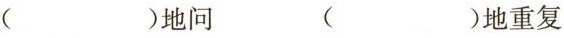
( )地问 ( )地重复